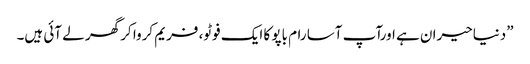
”دنیاحیران ہے اورآپ آسا رام باپو کا ایک فوٹو، فریم کروا کر گھر لے آئی ہیں۔